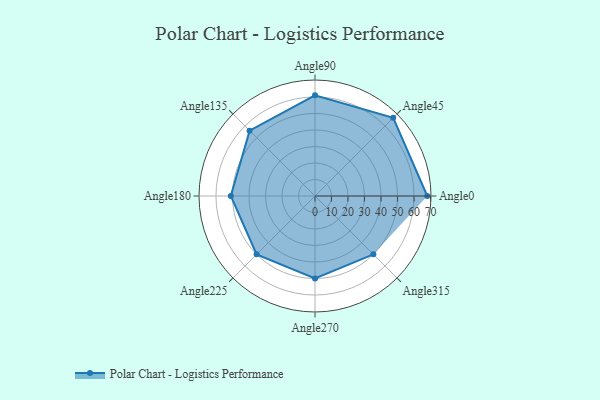
{"axis": {"x": "Angle", "y": "Radius"}, "legend": [""], "data": [{"x": "Angle0", "y": 68.0, "type": ""}, {"x": "Angle45", "y": 67.0, "type": ""}, {"x": "Angle90", "y": 61.0, "type": ""}, {"x": "Angle135", "y": 56.0, "type": ""}, {"x": "Angle180", "y": 51.0, "type": ""}, {"x": "Angle225", "y": 50, "type": ""}, {"x": "Angle270", "y": 50, "type": ""}, {"x": "Angle315", "y": 50, "type": ""}]}